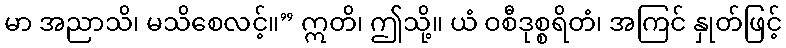
မာ အညာသိ၊ မသိစေလင့်။” ဣတိ၊ ဤသို့။ ယံ ဝစီဒုစ္စရိတံ၊ အကြင် နှုတ်ဖြင့်